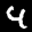
Label: 4